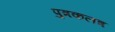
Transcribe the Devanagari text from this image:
पुत्रकलत्र